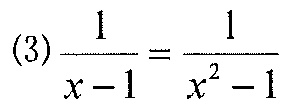
\((3)\frac{1}{x - 1}=\frac{1}{x^{2}-1}\)